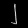
Digit: ၂